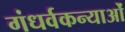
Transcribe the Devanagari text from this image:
गंधर्वकन्याओं